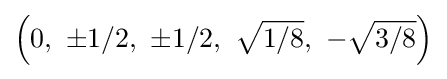
\left(0,\ \pm 1/2,\ \pm 1/2,\ {\sqrt {1/8}},\ -{\sqrt {3/8}}\right)